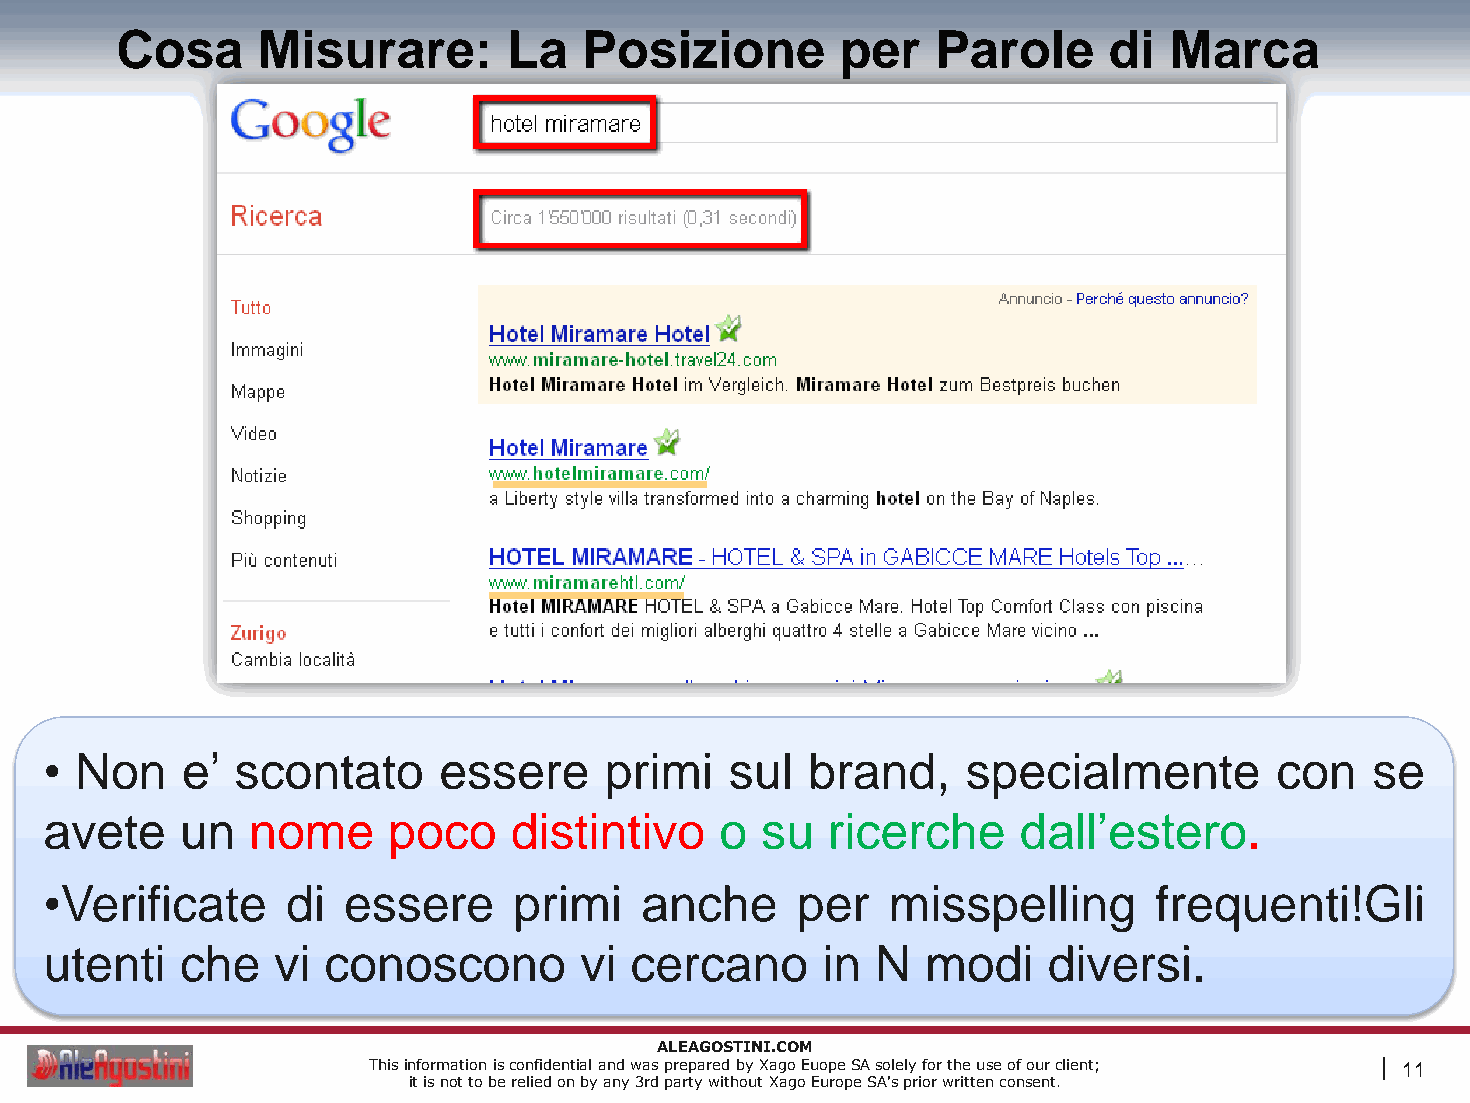
Cosa     Misurare:        La   Posizione        per   Parole     di  Marca
 • Non    e’  scontato     essere     primi   sul   brand,    specialmente        con    se
 avete    un   nome     poco    distintivo    o su   ricerche     dall’estero.
 •Verificate     di  essere     primi   anche      per   misspelling      frequenti!Gli
 utenti   che   vi conoscono        vi  cercano     in  N  modi    diversi.
 ALEAGOSTINI.COM
 This information is confidential and was prepared by Xago Euope SA solely for the use of our client; | 11
 it is not to be relied on by any 3rd party without Xago Europe SA's prior written consent.